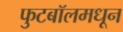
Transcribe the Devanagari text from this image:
फुटबॉलमधून